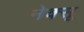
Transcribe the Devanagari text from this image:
नेक्सू